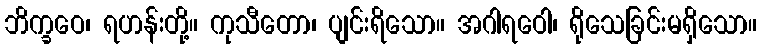
ဘိက္ခဝေ၊ ရဟန်းတို့။ ကုသီတော၊ ပျင်းရိသော။ အဂါရဝေါ၊ ရိုသေခြင်းမရှိသော။